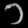
Digit: ၁